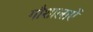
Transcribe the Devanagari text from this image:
गौशालाऐं